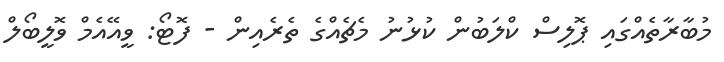
މުބާރާތެއްގައި ޕޮލިސް ކްލަބުން ކުޅުނު މެޗެއްގެ ތެރެއިން - ފޮޓޯ: ވީއޭއެމް ވޮލީބޯލް